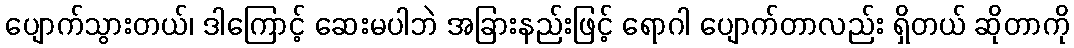
ပျောက်သွားတယ်၊ ဒါကြောင့် ဆေးမပါဘဲ အခြားနည်းဖြင့် ရောဂါ ပျောက်တာလည်း ရှိတယ် ဆိုတာကို